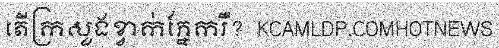
តើក្រសួងខ្វាក់ភ្នែករឺ?  KCAMLDP.COMHOTNEWS